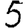
Digit: 5